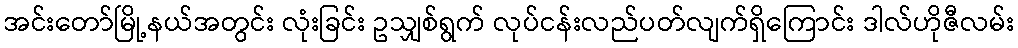
အင်းတော်မြို့နယ်အတွင်း လုံးခြင်း ဥသျှစ်ရွက် လုပ်ငန်းလည်ပတ်လျက်ရှိကြောင်း ဒါလ်ဟိုဇီလမ်း